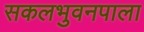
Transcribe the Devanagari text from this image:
सकलभुवनपाला